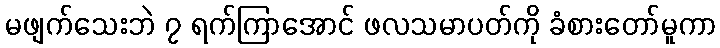
မဖျက်သေးဘဲ ၇ ရက်ကြာအောင် ဖလသမာပတ်ကို ခံစားတော်မူကာ